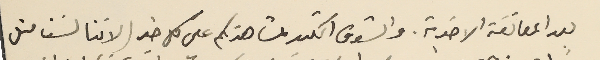
بعد المعائقة الاخوية. والشوق الكثير لمشاهدتكم على كل خير ( لاننا لسَنا مثل